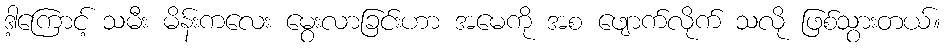
ဒါ့ကြောင့် သမီး မိန်းကလေး မွေးလာခြင်းဟာ အမေကို အစ ဖျောက်လိုက် သလို ဖြစ်သွားတယ်။